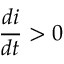
\frac { d i } { d t } > 0